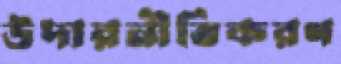
উদারনীতিকরণ